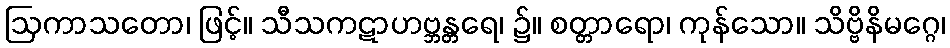
ဩကာသတော၊ ဖြင့်။ သီသကဋာဟဗ္ဘန္တရေ၊ ၌။ စတ္တာရော၊ ကုန်သော။ သိဗ္ဗိနိမဂ္ဂေ၊